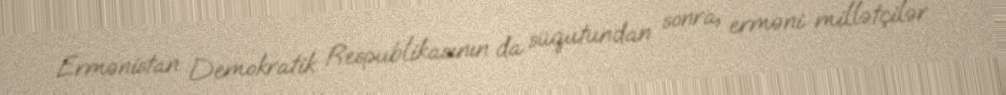
Ermənistan Demokratik Respublikasının da süqutundan sonra, erməni millətçilər